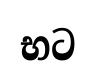
භට